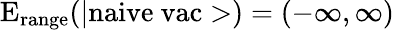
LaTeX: \mathrm{E_{range}(|naive\ vac>)}=(-\infty,\infty)